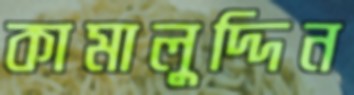
কামালুদ্দিন